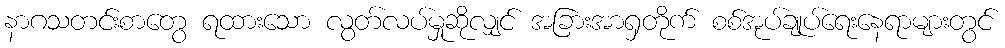
နာဂသတင်းစာတွေ ရထားသော လွတ်လပ်မှုဆိုလျှင် အခြားအာရှတိုက် စစ်အုပ်ချုပ်ရေးနေရာများတွင်